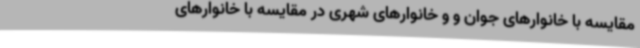
مقایسه با خانوارهای جوان و و خانوارهای شهری در مقایسه با خانوارهای